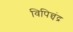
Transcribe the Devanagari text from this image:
विपिन्चंद्र